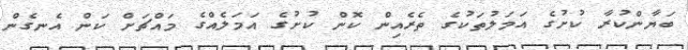
ބަޔާންކުރާ ކުށުގެ އަމަލުތަކުގެ ތެރެއިން ކޮން ކުށުގެ އަމަލެއްގެ މައްޗަށް ކަން އެނގެން